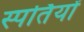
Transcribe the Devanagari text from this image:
स्पर्तियों